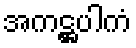
အကဋ္ဌပါကံ